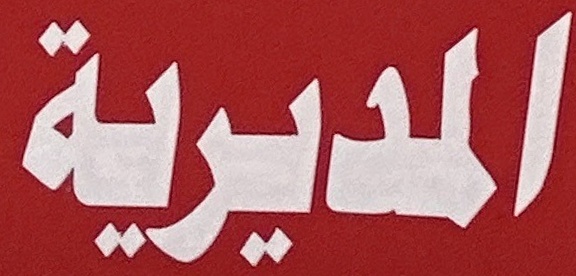
المديرية